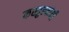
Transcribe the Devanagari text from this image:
कस्तुरबांनी